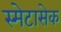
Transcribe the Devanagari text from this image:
स्मेटासेक